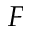
F